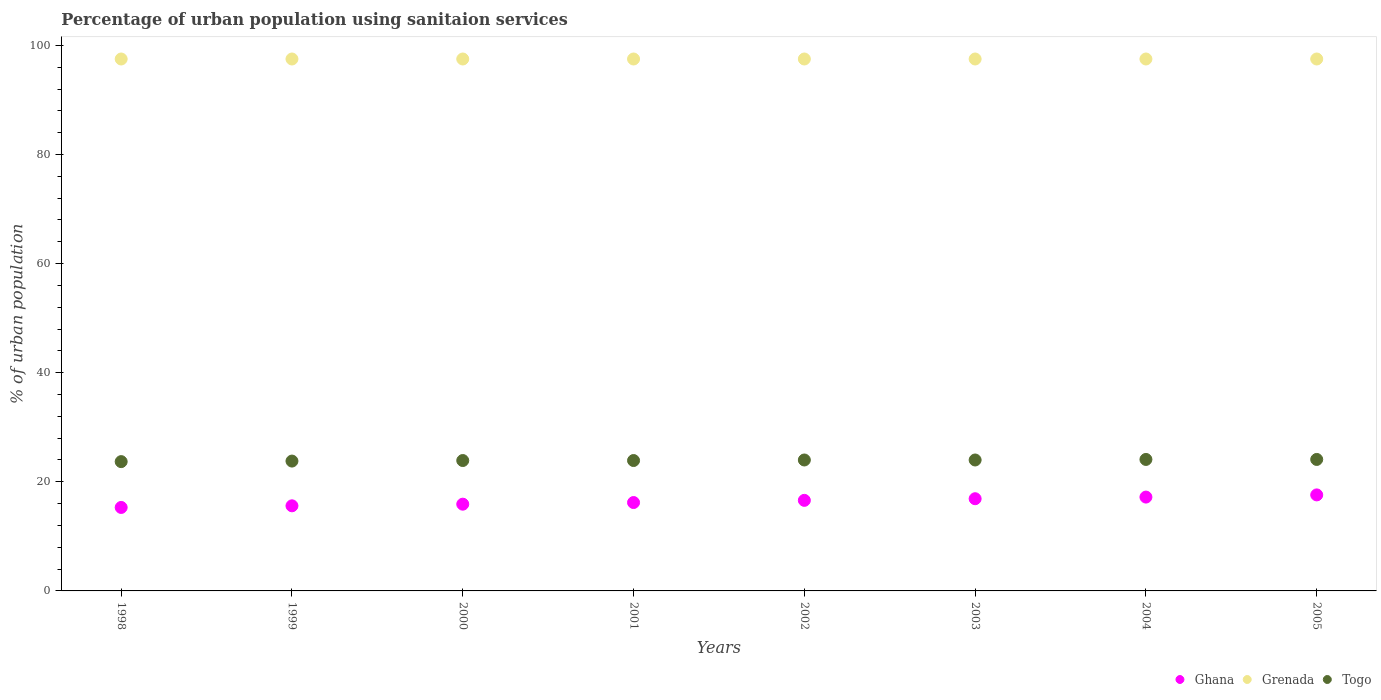
| Years | Ghana | Grenada | Togo |
 | --- | --- | --- | --- |
 | 1998 | 15.3 | 97.5 | 23.7 |
 | 1999 | 15.6 | 97.5 | 23.8 |
 | 2000 | 15.9 | 97.5 | 23.9 |
 | 2001 | 16.2 | 97.5 | 23.9 |
 | 2002 | 16.6 | 97.5 | 24 |
 | 2003 | 16.9 | 97.5 | 24 |
 | 2004 | 17.2 | 97.5 | 24.1 |
 | 2005 | 17.6 | 97.5 | 24.1 |